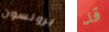
برونسون قد